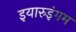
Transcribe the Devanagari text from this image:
इयारुइंगम